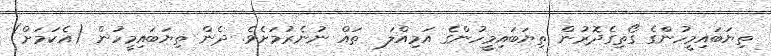
ތިޔަބައިމީހުންގެ ގޯތިގެދޮރުން ތިޔަބައިމީހުންގެ އަމިއްލަ  ތައް ނުނެރުމަށެވެ. ދެން ތިޔަބައިމީހުން (އެކަމަށް)